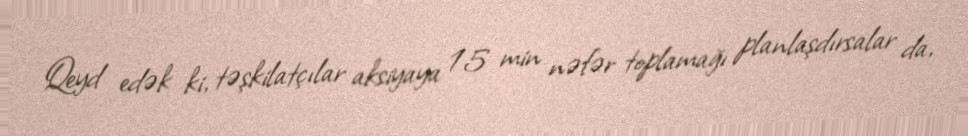
Qeyd edək ki, təşkilatçılar aksiyaya 15 min nəfər toplamağı planlaşdırsalar da,